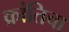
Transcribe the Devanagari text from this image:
क्रांतिचा